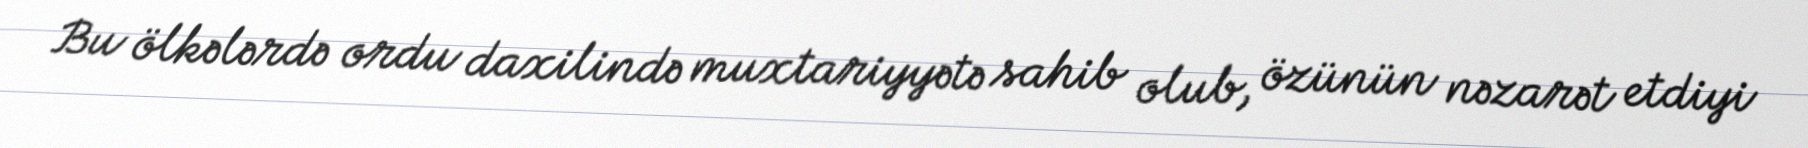
Bu ölkələrdə ordu daxilində muxtariyyətə sahib olub, özünün nəzarət etdiyi